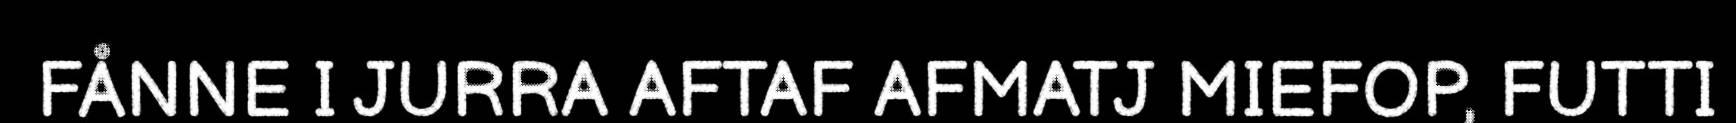
FÅNNE I JURRA AFTAF AFMATJ MIEFOP, FUTTI